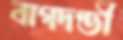
বাগদণ্ডী